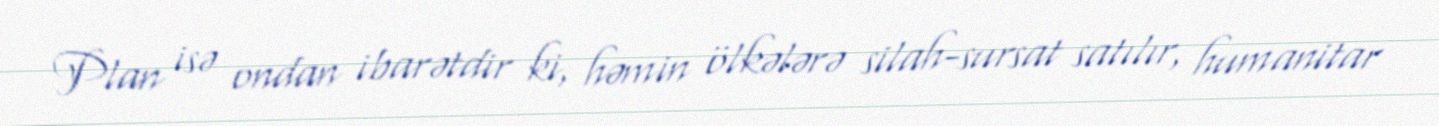
Plan isə ondan ibarətdir ki, həmin ölkələrə silah-sursat satılır, humanitar